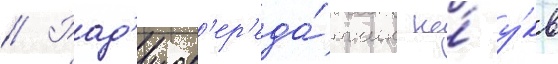
// Рад'иоп'ер'еда́тчик на́ у́кв